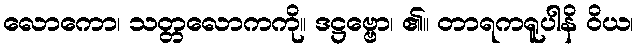
လောကော၊ သတ္တလောကကို။ ဒဋ္ဌဗ္ဗော၊ ၏။ တာရကရူပါနိ ဝိယ၊